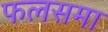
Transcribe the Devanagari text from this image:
फलसमा